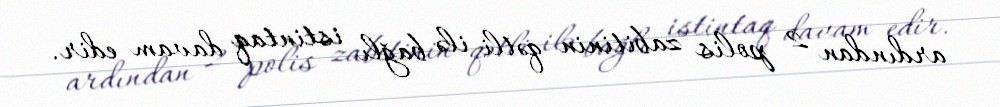
ardından 2 polis zabitinin qətli ilə bağlı istintaq davam edir.